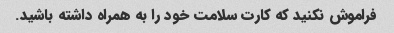
فراموش نکنید که کارت سلامت خود را به همراه داشته باشید.